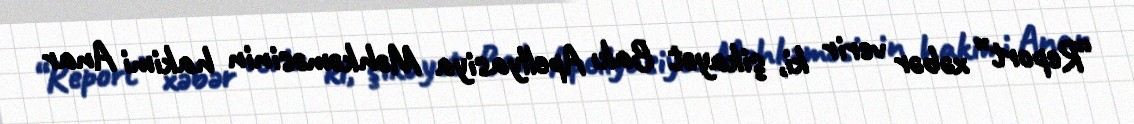
“Report” xəbər verir ki, şikayət Bakı Apellyasiya Məhkəməsinin hakimi Anar